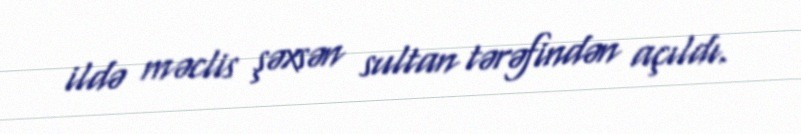
ildə məclis şəxsən sultan tərəfindən açıldı.